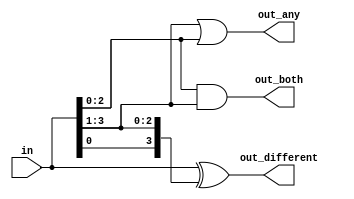
//You are given a four-bit input vector in[3:0]. We want to know some relationships between each bit and its neighbour:
//
//out_both: Each bit of this output vector should indicate whether both the corresponding input bit and its neighbour to the left (higher index) are '1'.
//          For example, out_both[2] should indicate if in[2] and in[3] are both 1. Since in[3] has no neighbour to the left, the answer is obvious so we don't need to know out_both[3].
//out_any: Each bit of this output vector should indicate whether any of the corresponding input bit and its neighbour to the right are '1'. 
//         For example, out_any[2] should indicate if either in[2] or in[1] are 1. Since in[0] has no neighbour to the right, the answer is obvious so we don't need to know out_any[0].
//out_different: Each bit of this output vector should indicate whether the corresponding input bit is different from its neighbour to the left.
//          For example, out_different[2] should indicate if in[2] is different from in[3]. For this part, treat the vector as wrapping around, so in[3]'s neighbour to the left is in[0].

//Hint...
//The both, any, and different outputs use two-input AND, OR, and XOR operations, respectively. Using vectors, this can be done in 3 assign statements.

module top_module( 
    input [3:0] in,
    output [2:0] out_both,
    output [3:1] out_any,
    output [3:0] out_different );
    
    assign out_both = in[2:0] & in[3:1];
    assign out_any  = in[3:1] | in[2:0];
    assign out_different  = in[3:0] ^ {in[0],in[3:1]};

endmodule